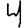
Digit: 4